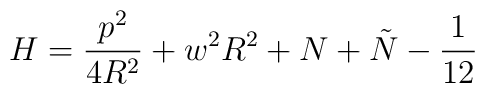
H=\frac{p^{2}}{4R^{2}}+w^{2}R^{2}+N+\tilde{N}-\frac{1}{12}